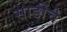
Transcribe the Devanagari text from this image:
साडींचे